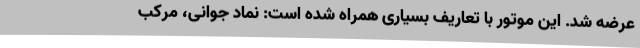
عرضه شد. این موتور با تعاریف بسیاری همراه شده است: نماد جوانی، مرکب